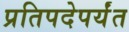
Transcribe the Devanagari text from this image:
प्रतिपदेपर्यंत